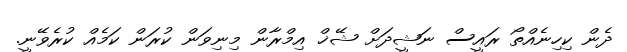
ދެން ކިހިނެއްތޯ ރައީސް ނަޝީދަށް ޝޭޚް އިމްރާން މިނިވަން ކުރަން ކަމެއް ކުރެވޭނީ.